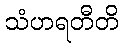
သံဟရတီတိ